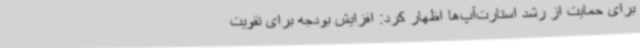
برای حمایت از رشد استارت‌آپ‌ها اظهار کرد: افزایش بودجه برای تقویت